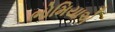
ભોમિયાએ